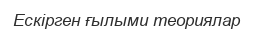
Ескірген ғылыми теориялар